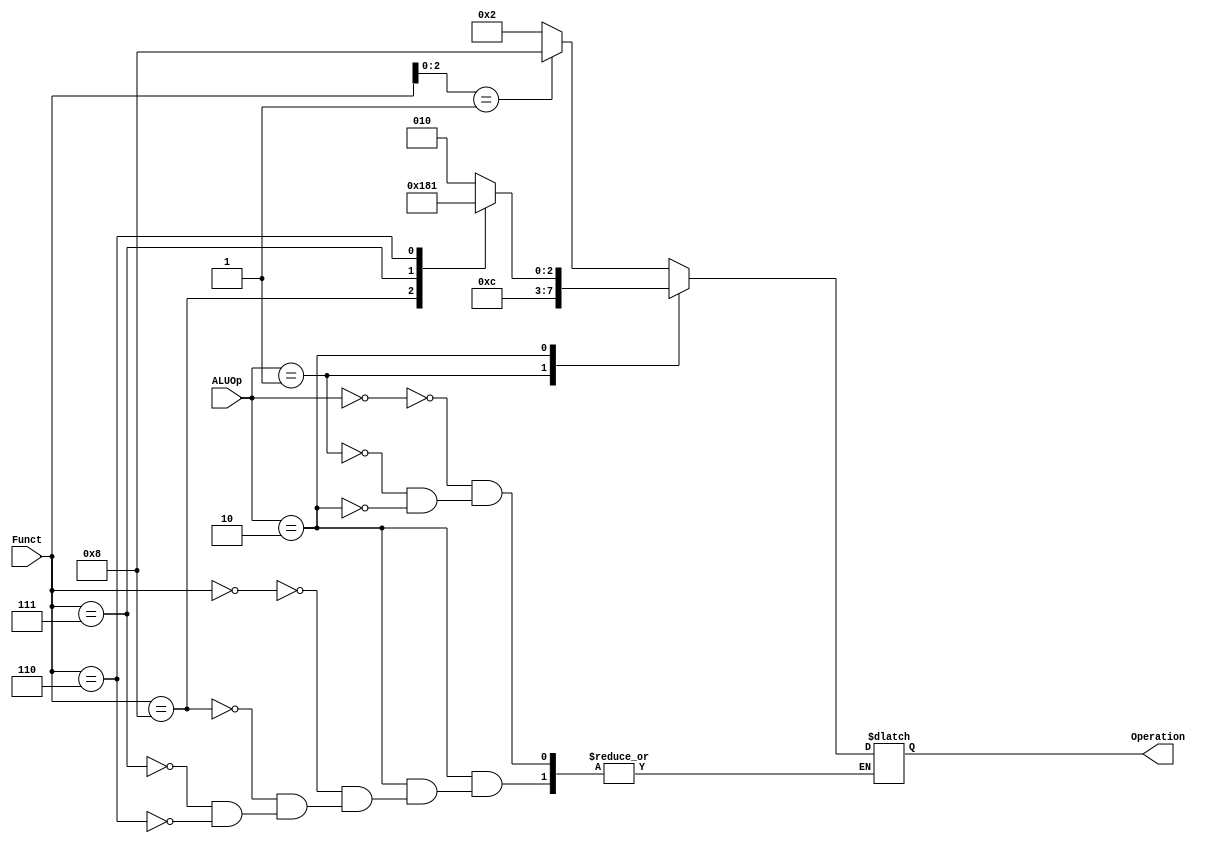
`timescale 1ns / 1ps

module ALU_Control(ALUOp, Funct, Operation);

input [1:0] ALUOp;
input [3:0] Funct;
output reg [3:0] Operation;

always@ (*)
begin
    case (ALUOp)
        2'b00: // I Type
        begin
            case (Funct[2:0])
                4'b001 : 
                    Operation = 4'b1000; // slli support
                default: 
                   Operation = 4'b0010; // I Type, sd and ld instructions
            endcase
        end
        
        2'b01: // SB Type, beq instructions
        begin
            Operation = 4'b0110;
        end
        
        2'b10: // R Type
        begin
            case (Funct)
                4'b0000:
                    Operation = 4'b0010;
                4'b1000:
                    Operation = 4'b0110;
                4'b0111:
                    Operation = 4'b0000;
                4'b0110:
                    Operation = 4'b0001;
             endcase
        end
    endcase
end
endmodule